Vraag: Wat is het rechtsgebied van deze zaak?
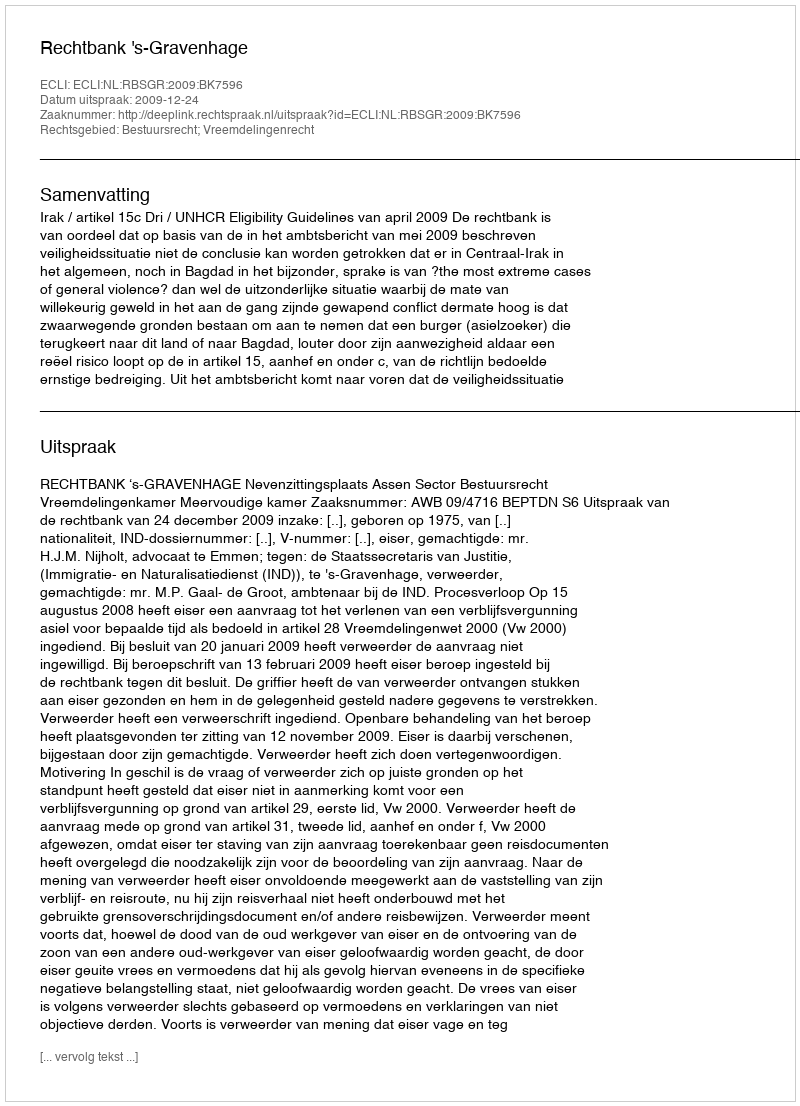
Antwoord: Bestuursrecht; Vreemdelingenrecht